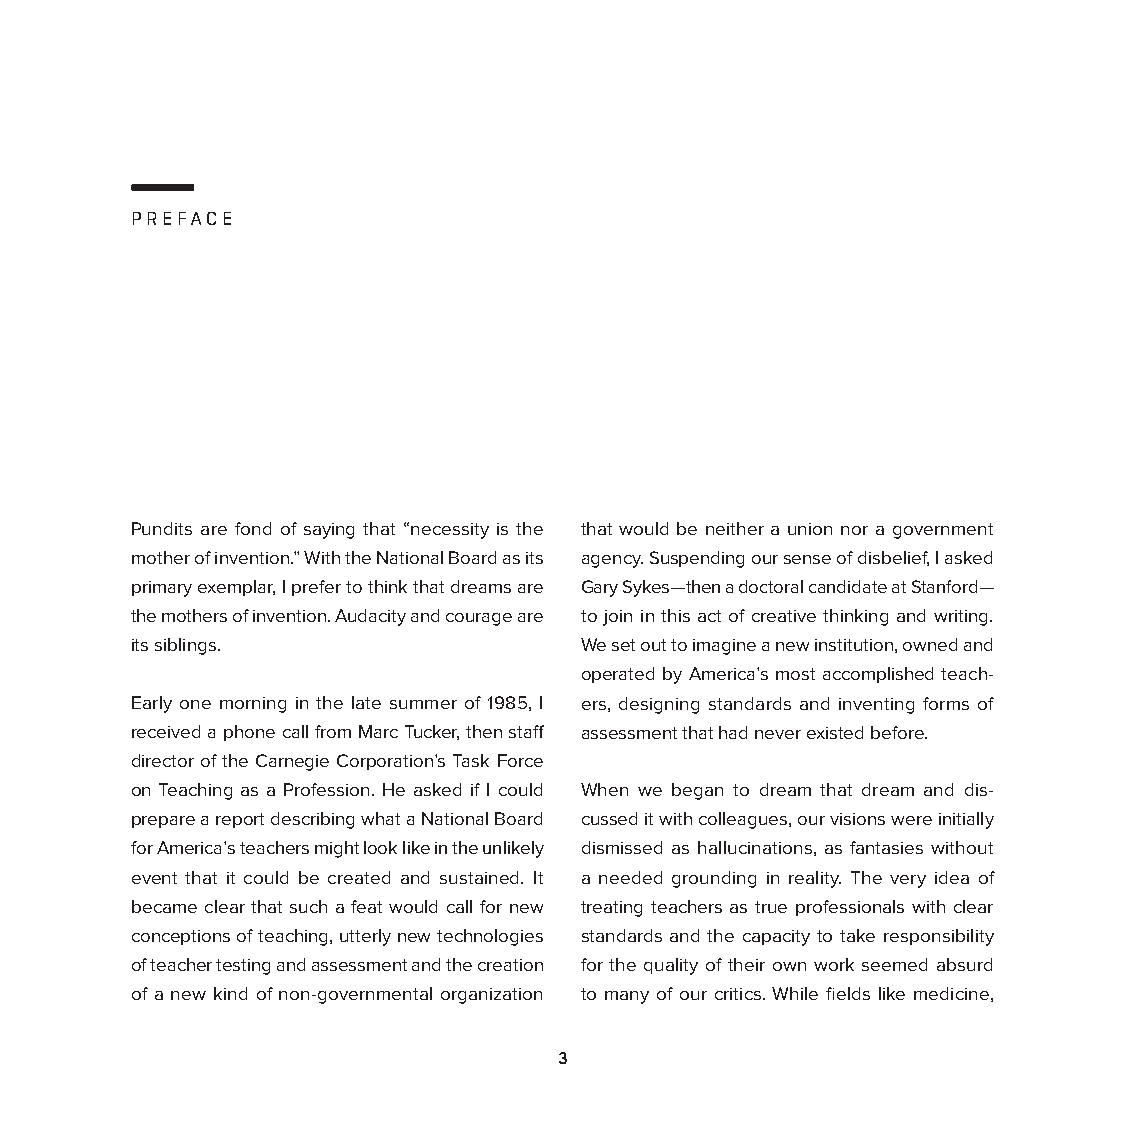
PREFACE
 Pundits are fond of saying that “necessity is the that would be neither a union nor a government
 mother of invention.” With the National Board as its agency. Suspending our sense of disbelief, I asked
 primary exemplar, I prefer to think that dreams are Gary Sykes—then a doctoral candidate at Stanford—
 the mothers of invention. Audacity and courage are to join in this act of creative thinking and writing.
 its siblings.                We set out to imagine a new institution, owned and
 operated by America’s most accomplished teach-
 Early one morning in the late summer of 1985, I ers, designing standards and inventing forms of
 received a phone call from Marc Tucker, then staff assessment that had never existed before.
 director of the Carnegie Corporation’s Task Force
 on Teaching as a Profession. He asked if I could When we began to dream that dream and dis-
 prepare a report describing what a National Board cussed it with colleagues, our visions were initially
 for America’s teachers might look like in the unlikely dismissed as hallucinations, as fantasies without
 event that it could be created and sustained. It a needed grounding in reality. The very idea of
 became clear that such a feat would call for new treating teachers as true professionals with clear
 conceptions of teaching, utterly new technologies standards and the capacity to take responsibility
 of teacher testing and assessment and the creation for the quality of their own work seemed absurd
 of a new kind of non-governmental organization to many of our critics. While fields like medicine,
 3